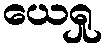
ယေရှု